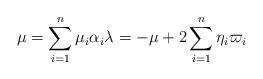
LaTeX: \begin{align*} \mu = \sum_{i=1}^n\mu_i\alpha_i \lambda = -\mu + 2\sum_{i=1}^n\eta_i\varpi_i \end{align*}